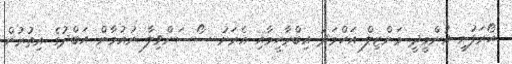
ހޯރަފުށީ އުންމީދީ މަންޒިލް އަހްމަދު އިބްރާހީމާއި އެރަށު ސޯސަންވިލާ ނުއުމާން އަބްދުގެ އިތުރުން